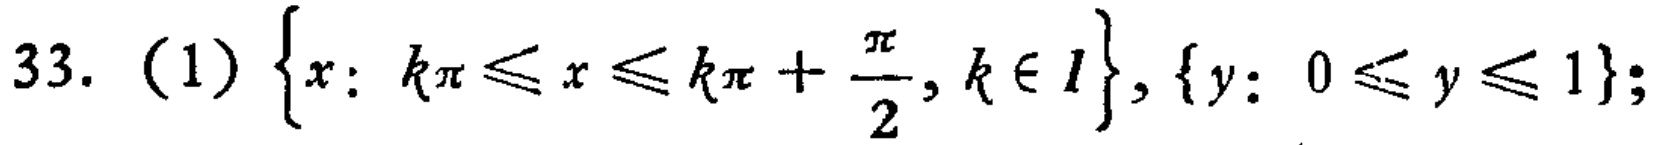
33. (1) $\{x: k\pi\leqslant x\leqslant k\pi+\frac{\pi}{2}, k\in I\}, \{y: 0\leqslant y\leqslant 1\};$